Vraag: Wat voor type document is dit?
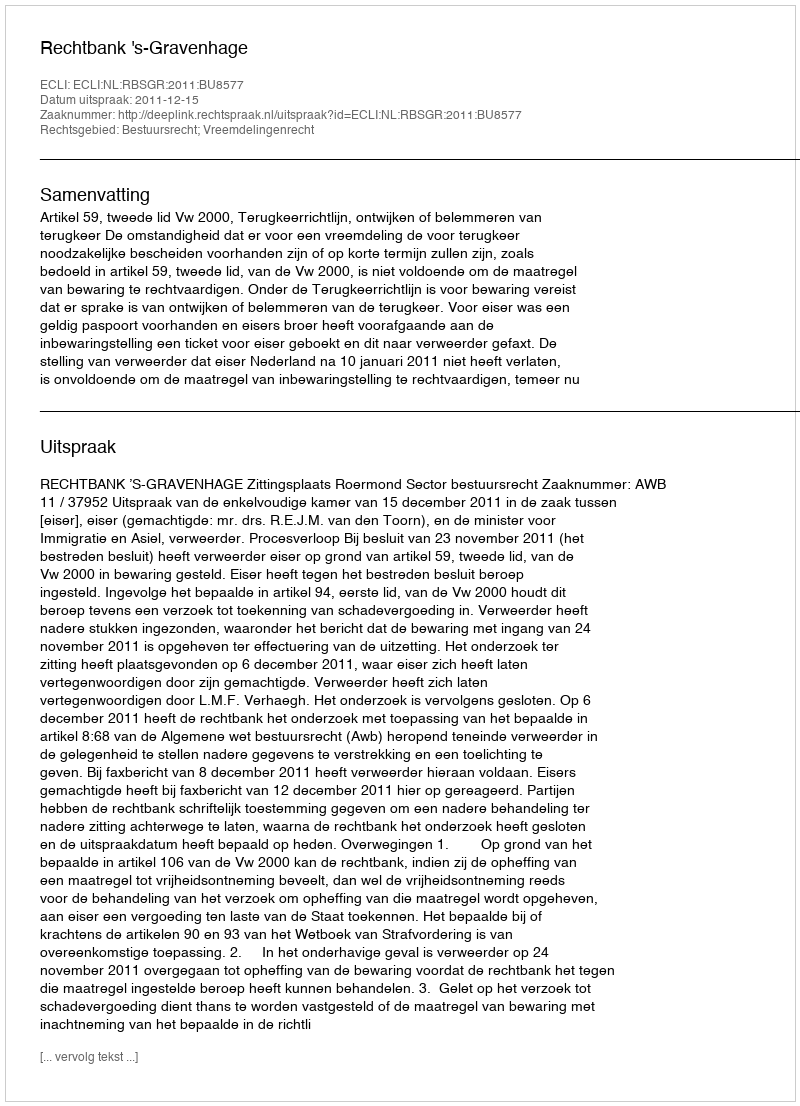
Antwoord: Uitspraak